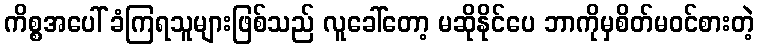
ကိစ္စအပေါ် ခံကြရသူများဖြစ်သည် လူခေါ်တော့ မဆိုနိုင်ပေ ဘာကိုမှစိတ်မဝင်စားတဲ့